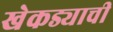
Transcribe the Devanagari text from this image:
खेकड्याची